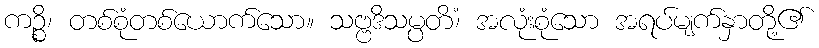
ကဉ္စိ၊ တစ်စုံတစ်ယောက်သော။ သဗ္ဗဒိသမ္ပတိံ၊ အလုံးစုံသော အရပ်မျက်နှာတို့၏